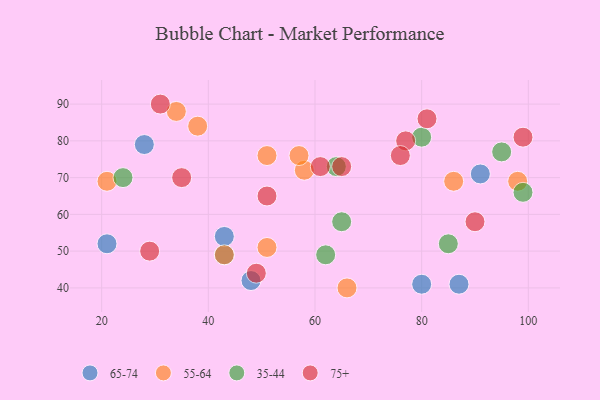
{"axis": {"x": "GDP", "y": "Life Expectancy"}, "legend": ["35-44", "55-64", "65-74", "75+"], "data": [{"x": "91", "y": 71, "type": "65-74"}, {"x": "21", "y": 52, "type": "65-74"}, {"x": "80", "y": 41, "type": "65-74"}, {"x": "87", "y": 41, "type": "65-74"}, {"x": "43", "y": 49, "type": "65-74"}, {"x": "43", "y": 54, "type": "65-74"}, {"x": "28", "y": 79, "type": "65-74"}, {"x": "48", "y": 42, "type": "65-74"}, {"x": "38", "y": 84, "type": "55-64"}, {"x": "58", "y": 72, "type": "55-64"}, {"x": "43", "y": 49, "type": "55-64"}, {"x": "57", "y": 76, "type": "55-64"}, {"x": "34", "y": 88, "type": "55-64"}, {"x": "21", "y": 69, "type": "55-64"}, {"x": "86", "y": 69, "type": "55-64"}, {"x": "98", "y": 69, "type": "55-64"}, {"x": "51", "y": 51, "type": "55-64"}, {"x": "51", "y": 76, "type": "55-64"}, {"x": "66", "y": 40, "type": "55-64"}, {"x": "85", "y": 52, "type": "35-44"}, {"x": "95", "y": 77, "type": "35-44"}, {"x": "80", "y": 81, "type": "35-44"}, {"x": "64", "y": 73, "type": "35-44"}, {"x": "99", "y": 66, "type": "35-44"}, {"x": "62", "y": 49, "type": "35-44"}, {"x": "24", "y": 70, "type": "35-44"}, {"x": "65", "y": 58, "type": "35-44"}, {"x": "99", "y": 81, "type": "75+"}, {"x": "90", "y": 58, "type": "75+"}, {"x": "31", "y": 90, "type": "75+"}, {"x": "77", "y": 80, "type": "75+"}, {"x": "29", "y": 50, "type": "75+"}, {"x": "76", "y": 76, "type": "75+"}, {"x": "35", "y": 70, "type": "75+"}, {"x": "49", "y": 44, "type": "75+"}, {"x": "81", "y": 86, "type": "75+"}, {"x": "61", "y": 73, "type": "75+"}, {"x": "65", "y": 73, "type": "75+"}, {"x": "51", "y": 65, "type": "75+"}]}